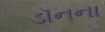
ડૉનના